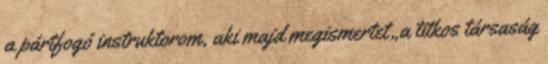
a pártfogó instruktorom, aki majd megismertet „a tit­kos társaság